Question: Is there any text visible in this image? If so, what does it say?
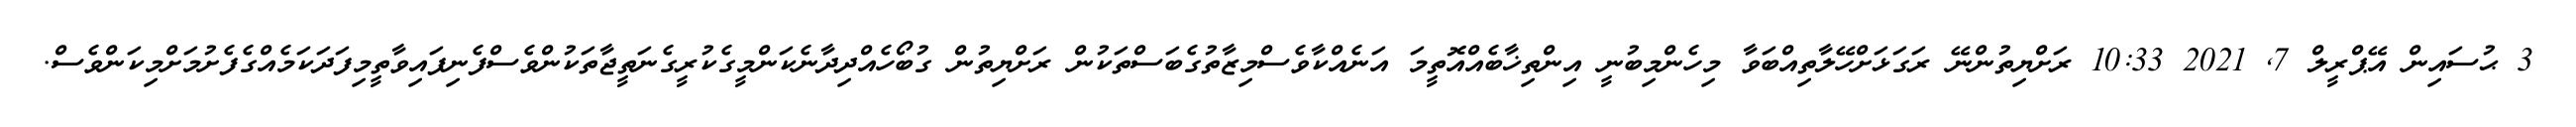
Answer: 3 ޙުސައިން އޭޕްރީލް 7, 2021 10:33 ރަށްޔިތުންނޭ ރަގަޅަށްހޭލާތިއްބަވާ މިހެންމިބުނީ އިންތިޚާބެއްއޮތީމަ އަނެއްކާވެސްމިޒާތުގެބަސްތަކުން ރަށްޔިތުން ގުބޯހެއްދިދާނެކަންމީގެކުރީގެނަތީޖާތަކުންވެސްފެނިފައިވާތީމިފަދަކަމެއްގެފެށުމަށްމިކަންވެސް.